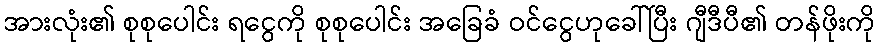
အားလုံး၏ စုစုပေါင်း ရငွေကို စုစုပေါင်း အခြေခံ ဝင်ငွေဟုခေါ်ပြီး ဂျီဒီပီ၏ တန်ဖိုးကို